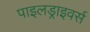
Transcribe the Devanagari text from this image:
पाइलड्राइवर्स